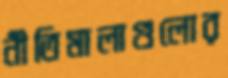
নীতিমালাগুলোর